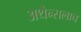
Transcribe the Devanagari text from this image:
अथेन्सलाच